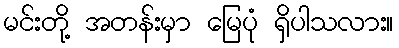
မင်းတို့ အတန်းမှာ မြေပုံ ရှိပါသလား။